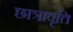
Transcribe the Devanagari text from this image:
छात्रावृत्ति